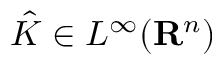
{ \hat { K } } \in L ^ { \infty } ( \mathbf { R } ^ { n } )